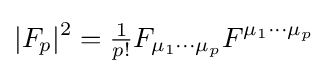
|F_{p}|^{2}={\tfrac {1}{p!}}F_{\mu _{1}\cdots \mu _{p}}F^{\mu _{1}\cdots \mu _{p}}